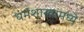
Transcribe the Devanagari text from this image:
धर्मशास्त्रामध्ये